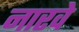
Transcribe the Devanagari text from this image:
नारवे